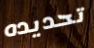
تحديده